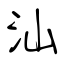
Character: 汕